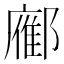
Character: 𬪚